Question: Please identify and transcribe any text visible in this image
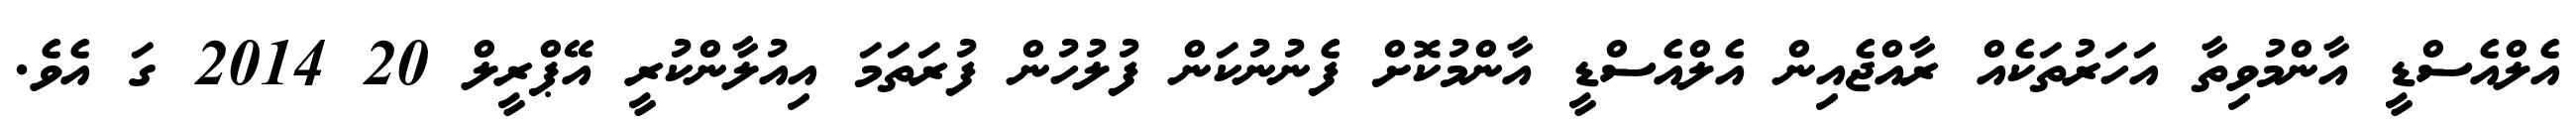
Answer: އެލްއެސްޑީ އާންމުވިތާ އަހަރުތަކެއް ރާއްޖެއިން އެލްއެސްޑީ އާންމުކޮށް ފެނުނުކަން ފުލުހުން ފުރަތަމަ އިއުލާންކުރީ އޭޕްރީލް 20 2014 ގަ އެވެ.